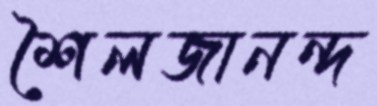
শৈলজানন্দ